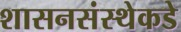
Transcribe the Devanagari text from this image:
शासनसंस्थेकडे